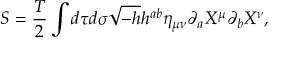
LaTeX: S = \frac { T } { 2 } \int d \tau d \sigma \sqrt { - h } h ^ { a b } \eta _ { \mu \nu } \partial _ { a } X ^ { \mu } \partial _ { b } X ^ { \nu } ,